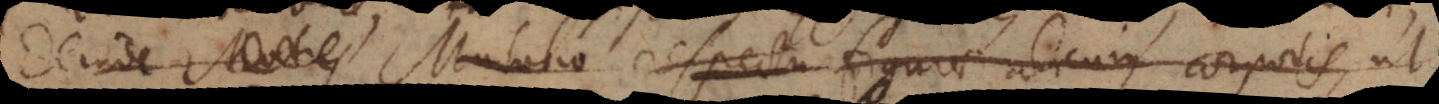
Deinde Motus Mutatio respectu figurae alicujus corporis, ut